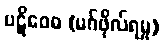
ပဋိဝေဓ (မဂ်ဖိုလ်ရမှု)